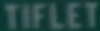
TIFLET